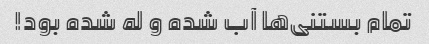
تمام بستنی‌ها آب شده و له شده بود!